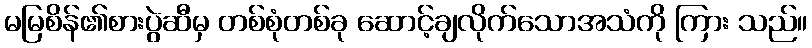
မမြစိန်၏စားပွဲဆီမှ တစ်စုံတစ်ခု ဆောင့်ချလိုက်သောအသံကို ကြား သည်။